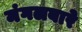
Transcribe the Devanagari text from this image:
मंगलबारे